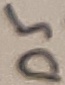
Text: D5